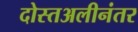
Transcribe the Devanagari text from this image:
दोस्तअलीनंतर